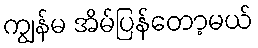
ကျွန်မ အိမ်ပြန်တော့မယ်